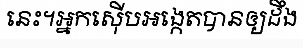
នេះ។អ្នកស៊ើបអង្កេតបានឲ្យដឹង